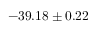
- 3 9 . 1 8 \pm 0 . 2 2